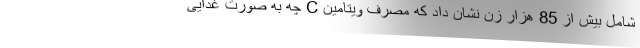
شامل بیش از 85 هزار زن نشان داد که مصرف ویتامین C چه به صورت غذایی